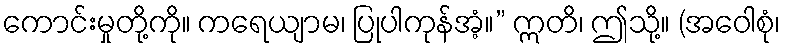
ကောင်းမှုတို့ကို။ ကရေယျာမ၊ ပြုပါကုန်အံ့။” ဣတိ၊ ဤသို့။ (အဝေါစုံ၊